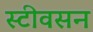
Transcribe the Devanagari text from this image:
स्टीवसन